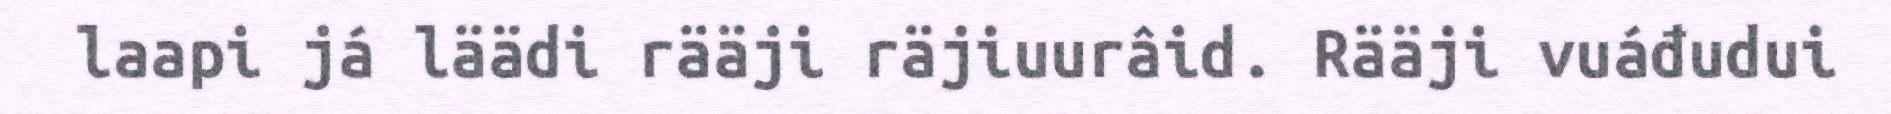
laapi já läädi rääji räjiuurâid. Rääji vuáđudui